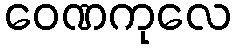
ဝေဏကုလေ